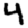
Digit: 4